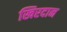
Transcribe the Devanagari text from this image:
खिरदान